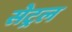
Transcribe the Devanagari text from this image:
सेट्रल